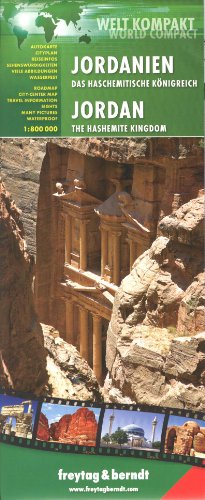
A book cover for Jordan 1:800,000 Travel Map FB, 2011 edition, waterproof; Freytag Berndt; Travel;